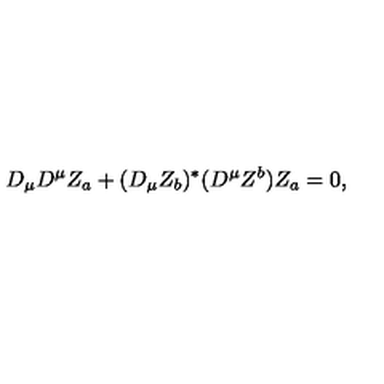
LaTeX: D _ { \mu } D ^ { \mu } Z _ { a } + ( D _ { \mu } Z _ { b } ) ^ { * } ( D ^ { \mu } Z ^ { b } ) Z _ { a } = 0 ,